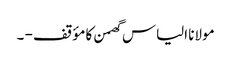
مولانا الیاس گھمن کا مؤقف - ۔